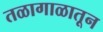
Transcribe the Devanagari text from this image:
तळागाळातून